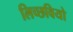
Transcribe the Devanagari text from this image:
लिच्छवियो